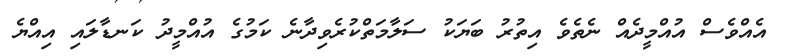
އެއްވެސް އުއްމީދެއް ނެތެވެ އިތުރު ބަޔަކު ސަލާމަތްކުރެވިދާނެ ކަމުގެ އުއްމީދު ކަނޑާލައި އިއްޔެ